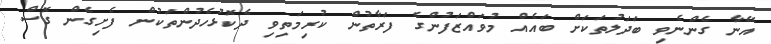
އޭނާ ގެންނެވި ބަދަލުތަކަށް ބައެއް މުވައްޒަފުންގެ ފަރާތުން ކުރިމަތިވި ދެކޮޅުހެދުންތަކުން ފެށިގެން ގޮސް